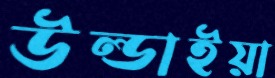
উল্ডাইয়া